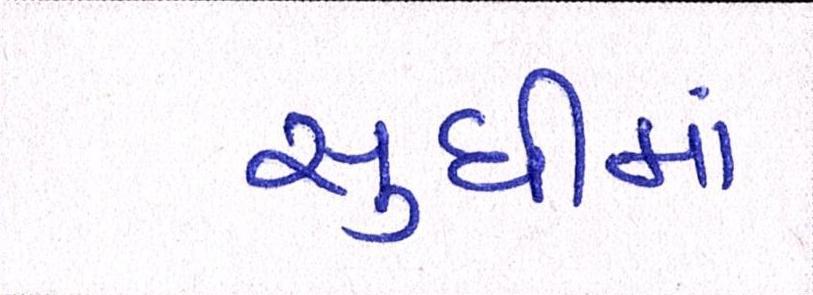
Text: સુધીમાં